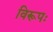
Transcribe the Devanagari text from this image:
विरूपः